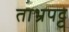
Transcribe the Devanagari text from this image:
ताभ्रपट्ट